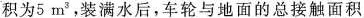
积为5m^{3}，装满水后，车轮与地面的总接触面积